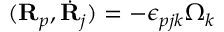
( { \bf R } _ { p } , \dot { \bf R } _ { j } ) = - \epsilon _ { p j k } \Omega _ { k }